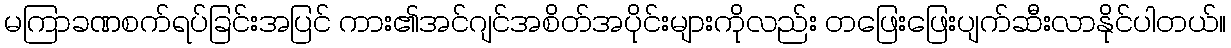
မကြာခဏစက်ရပ်ခြင်းအပြင် ကား၏အင်ဂျင်အစိတ်အပိုင်းများကိုလည်း တဖြေးဖြေးပျက်ဆီးလာနိုင်ပါတယ်။